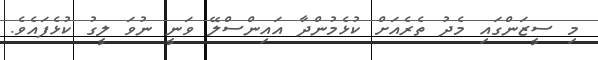
މި ސީޒަންގައި މެދު ތެރެއަށް ކުޅެމުންދާ އައިންސްލޭ ވަނީ ނުވަ ލީގު ކުޅެފައެވެ.